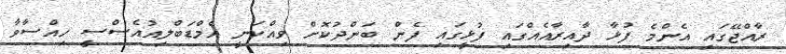
ރާއްޖޭގައި އެންމެ ފުޅާ ދާއިރާއެއްގައި ފުޅީގައި ފެން ބަންދުކޮށް ވިއްކަނީ އެމްޑަބްލިއުއެސްސީ ހިއްސާވާ